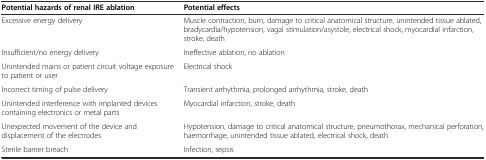
| Potential hazards of renal IRE ablation | Potential effects |
 | --- | --- |
 | Excessive energy delivery | Muscle contraction, burn, damage to critical anatomical structure, unintended tissue ablated, bradycardia/hypotension, vagal stimulation/asystole, electrical shock, myocardial infarction, stroke, death |
 | Insufficient/no energy delivery | Ineffective ablation, no ablation |
 | Unintended mains or patient circuit voltage exposure to patient or user | Electrical shock |
 | Incorrect timing of pulse delivery | Transient arrhythmia, prolonged arrhythmia, stroke, death |
 | Unintended interference with implanted devices containing electronics or metal parts | Myocardial infarction, stroke, death |
 | Unexpected movement of the device and displacement of the electrodes | Hypotension, damage to critical anatomical structure, pneumothorax, mechanical perforation, haemorrhage, unintended tissue ablated, electrical shock, death |
 | Sterile barrier breach | Infection, sepsis |